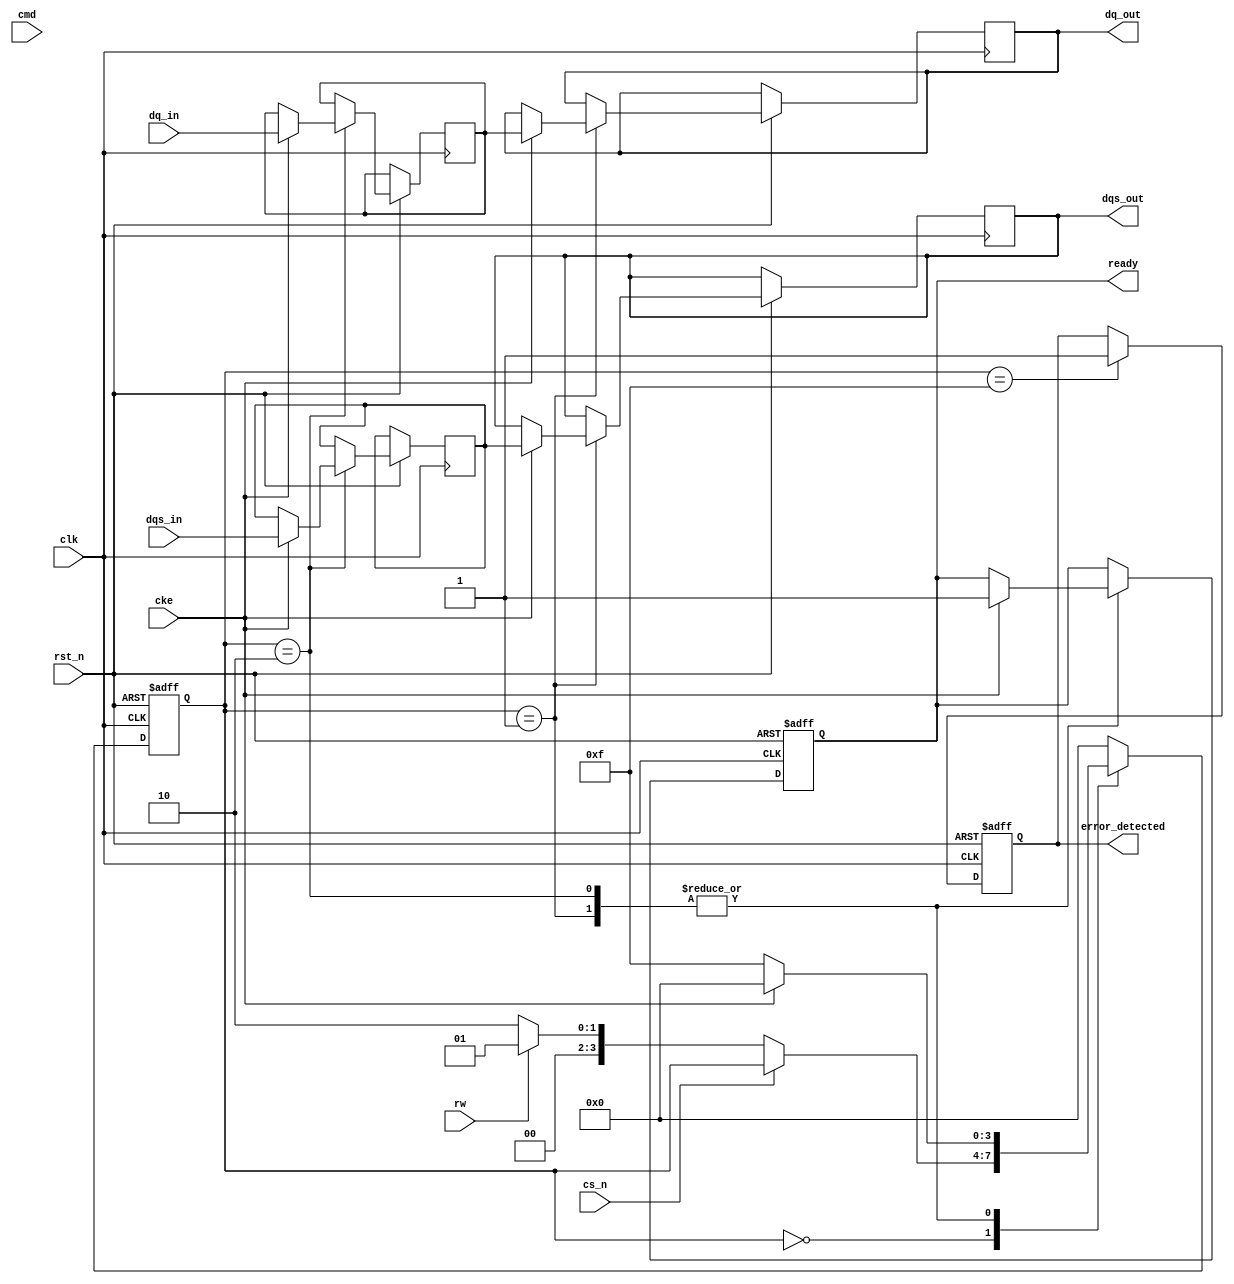
module gddr5_io_block (
    input wire clk,              // Clock input
    input wire rst_n,            // Active low reset
    input wire cs_n,            // Chip Select (active low)
    input wire rw,              // Read/Write control
    input wire cke,             // Clock Enable
    input wire [7:0] dq_in,     // Data input (8 bits)
    output reg [7:0] dq_out,    // Data output (8 bits)
    input wire [7:0] dqs_in,    // Data Strobe input
    output reg [7:0] dqs_out,    // Data Strobe output
    input wire [7:0] cmd,        // Command input
    output reg ready,            // Ready signal
    output reg error_detected    // Error detection flag
);

    // Internal signals
    reg [7:0] data_buffer;       // Buffer for data handling
    reg [7:0] dqs_buffer;        // Buffer for DQS handling
    reg [3:0] state;             // State machine for command handling
    
    // Parameters for states
    localparam IDLE = 4'b0000,
               READ = 4'b0001,
               WRITE = 4'b0010,
               ERROR = 4'b1111;

    // Timing parameters (for illustration)
    localparam SETUP_TIME = 5;
    localparam HOLD_TIME = 2;

    // Clock management and command decoding
    always @(posedge clk or negedge rst_n) begin
        if (!rst_n) begin
            state <= IDLE;
            ready <= 1'b0;
            error_detected <= 1'b0;
        end else begin
            case (state)
                IDLE: begin
                    if (!cs_n) begin
                        if (rw) begin
                            state <= READ;
                        end else begin
                            state <= WRITE;
                        end
                    end
                end
                
                READ: begin
                    if (cke) begin
                        // Simulate data read operation
                        dq_out <= data_buffer; // Output data
                        dqs_out <= dqs_buffer;  // Output DQS
                        ready <= 1'b1;          // Signal that data is ready
                        state <= IDLE;          // Return to idle
                    end else begin
                        state <= ERROR;         // Error if clock is not enabled
                    end
                end
                
                WRITE: begin
                    if (cke) begin
                        // Simulate data write operation
                        data_buffer <= dq_in;   // Capture input data
                        dqs_buffer <= dqs_in;   // Capture input DQS
                        ready <= 1'b1;          // Signal that write is complete
                        state <= IDLE;          // Return to idle
                    end else begin
                        state <= ERROR;         // Error if clock is not enabled
                    end
                end
                
                ERROR: begin
                    error_detected <= 1'b1; // Set error flag
                    state <= IDLE;          // Return to idle after error
                end
                
                default: state <= IDLE;   // Fallback to idle
            endcase
        end
    end

    // Additional logic for error detection, power management, and other features
    // (not implemented in this skeleton, but can be added)
    
endmodule